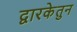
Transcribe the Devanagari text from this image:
द्वारकेतुन